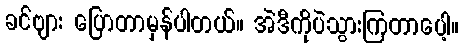
ခင်ဗျား ပြောတာမှန်ပါတယ်။ အဲဒီကိုပဲသွားကြတာပေါ့။